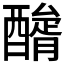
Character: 𨢺